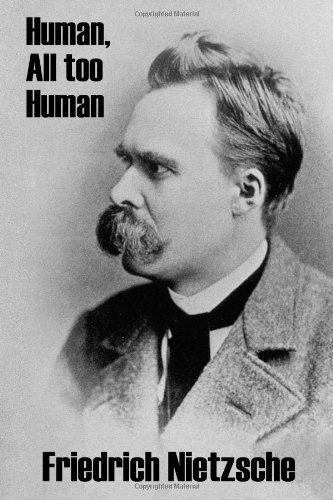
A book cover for Human, All Too Human; Friedrich Nietzsche; Politics & Social Sciences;